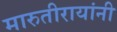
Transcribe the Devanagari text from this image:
मारुतीरायांनी